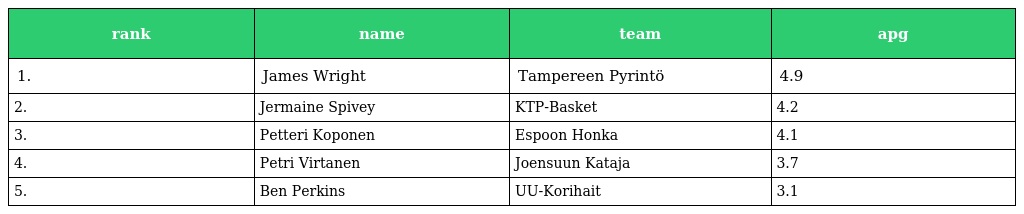
| rank | name | team | apg |
 | --- | --- | --- | --- |
 | 1. | James Wright | Tampereen Pyrintö | 4.9 |
 | 2. | Jermaine Spivey | KTP-Basket | 4.2 |
 | 3. | Petteri Koponen | Espoon Honka | 4.1 |
 | 4. | Petri Virtanen | Joensuun Kataja | 3.7 |
 | 5. | Ben Perkins | UU-Korihait | 3.1 |